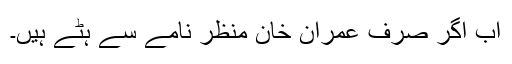
اب اگر صرف عمران خان منظر نامے سے ہٹے ہیں۔